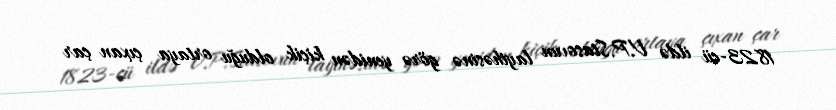
1823-cü ildə V.P.Stasovun layihəsinə görə yenidən kiçik olduğu ortaya çıxan çar